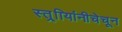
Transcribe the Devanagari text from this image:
स्त्र्िायांनीचेचून